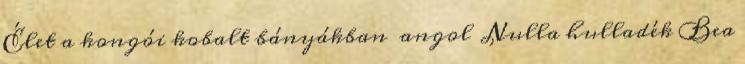
Élet a kongói kobalt bányákban angol Nulla hulladék Bea